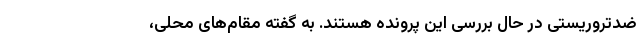
ضدتروریستی در حال بررسی این پرونده هستند. به گفته مقام‌های محلی،